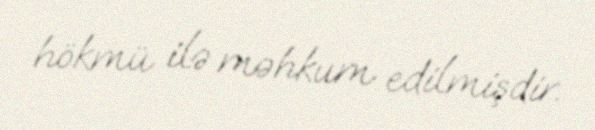
hökmü ilə məhkum edilmişdir.